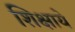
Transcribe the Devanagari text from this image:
शिक्षाये